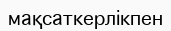
мақсаткерлікпен